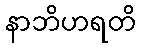
နာဘိဟရတိ